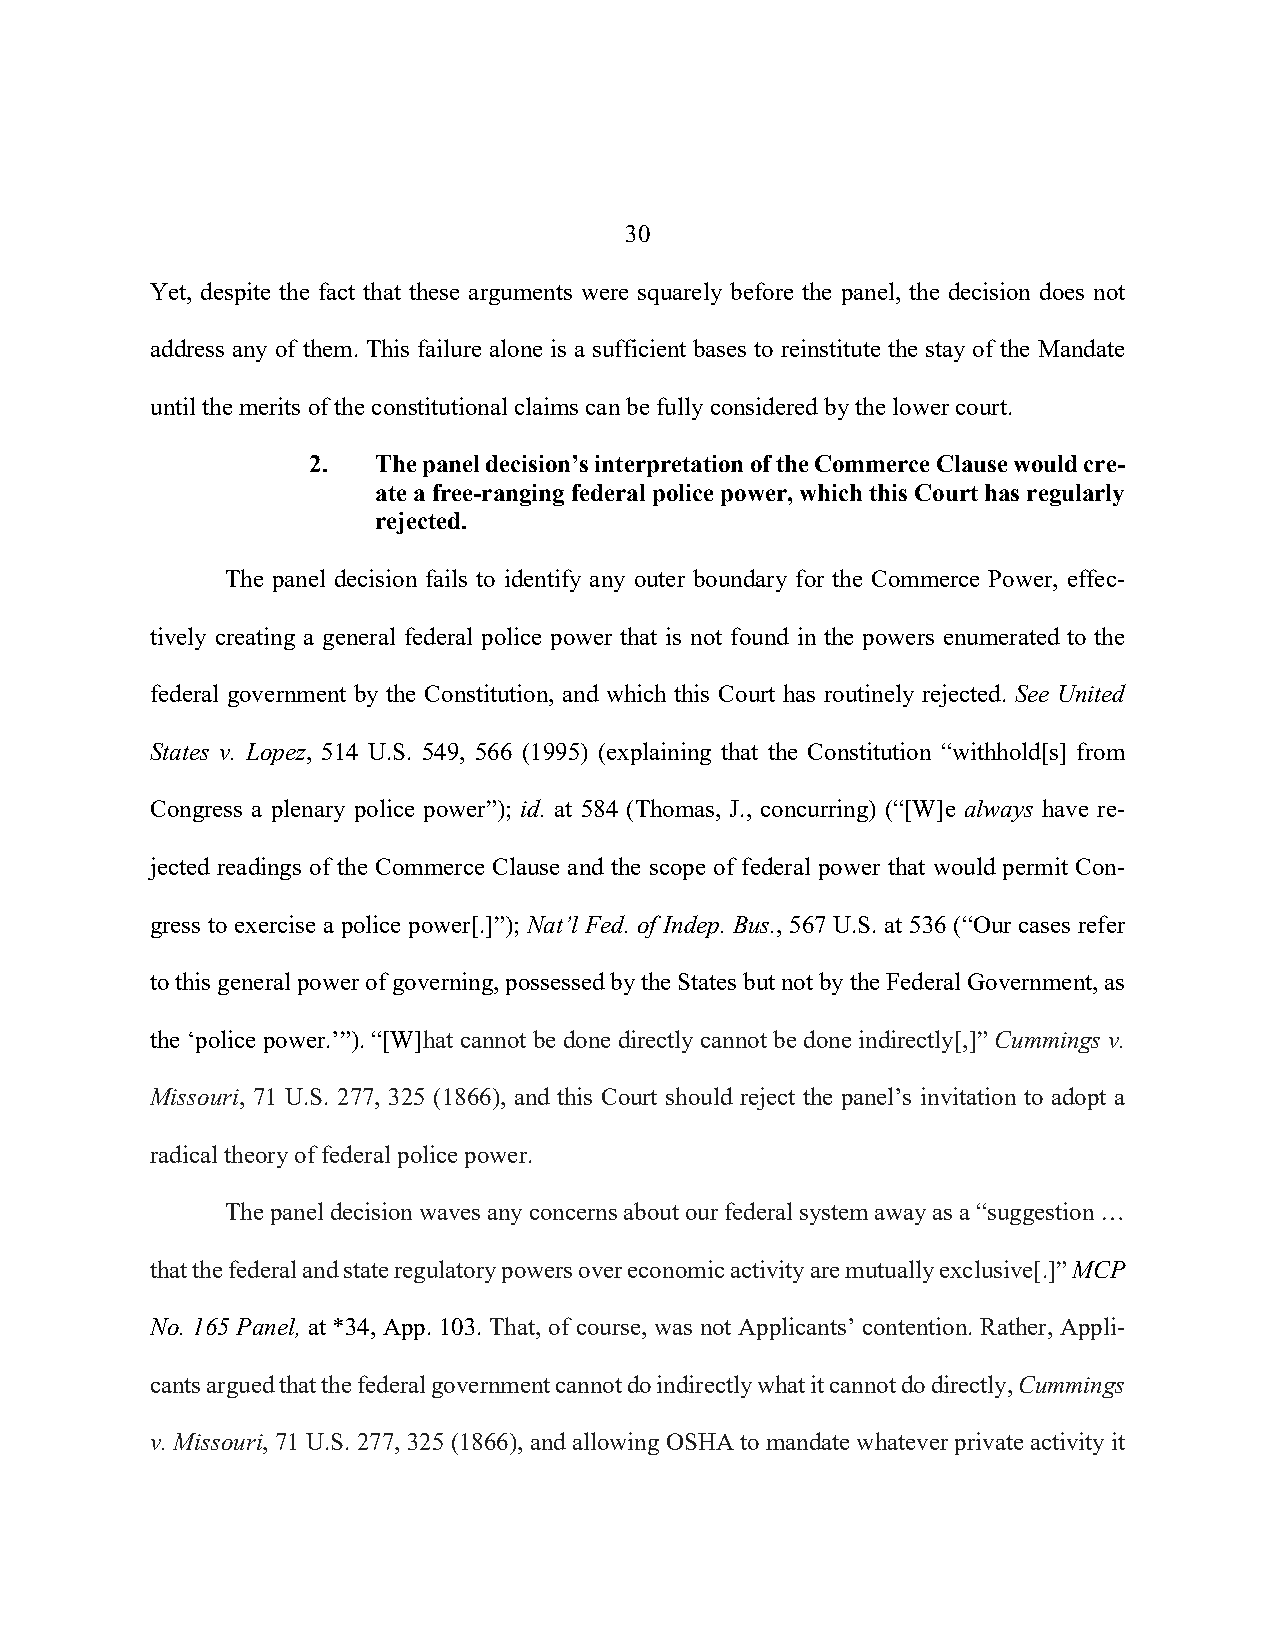
30
 Yet, despite the fact that these arguments were squarely before the panel, the decision does not
 address any of them. This failure alone is a sufficient bases to reinstitute the stay of the Mandate
 until the merits of the constitutional claims can be fully considered by the lower court.
 2.   The panel decision’s interpretation of the Commerce Clause would cre-
 ate a free-ranging federal police power, which this Court has regularly
 rejected.
 The panel decision fails to identify any outer boundary for the Commerce Power, effec-
 tively creating a general federal police power that is not found in the powers enumerated to the
 federal government by the Constitution, and which this Court has routinely rejected. See United
 States v. Lopez, 514 U.S. 549, 566 (1995) (explaining that the Constitution “withhold[s] from
 Congress a plenary police power”); id. at 584 (Thomas, J., concurring) (“[W]e always have re-
 jected readings of the Commerce Clause and the scope of federal power that would permit Con-
 gress to exercise a police power[.]”); Nat’l Fed. of Indep. Bus., 567 U.S. at 536 (“Our cases refer
 to this general power of governing, possessed by the States but not by the Federal Government, as
 the ‘police power.’”). “[W]hat cannot be done directly cannot be done indirectly[,]” Cummings v.
 Missouri, 71 U.S. 277, 325 (1866), and this Court should reject the panel’s invitation to adopt a
 radical theory of federal police power.
 The panel decision waves any concerns about our federal system away as a “suggestion …
 that the federal and state regulatory powers over economic activity are mutually exclusive[.]” MCP
 No. 165 Panel, at *34, App. 103. That, of course, was not Applicants’ contention. Rather, Appli-
 cants argued that the federal government cannot do indirectly what it cannot do directly, Cummings
 v. Missouri, 71 U.S. 277, 325 (1866), and allowing OSHA to mandate whatever private activity it